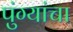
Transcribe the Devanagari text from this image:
पुंग्यांचा